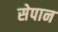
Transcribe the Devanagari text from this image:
सेपान